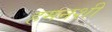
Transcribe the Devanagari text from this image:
हमनशीं